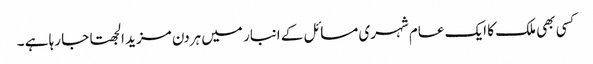
کسی بھی ملک کا ایک عام شہری مسائل کے انبار میں ہردن مزید الجھتا جا رہا ہے ۔